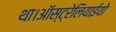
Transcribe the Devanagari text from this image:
था।ऑस्ट्रेलियाईयो